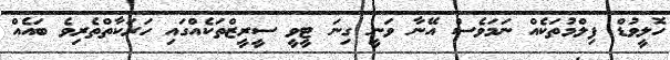
ހޮލީވުޑް ފިލްމުތަކެއް ނަމަވެސް އޭނާ ވަނީ ގިނަ ޓީވީ ސީރީޒްތަކެއްގައި ހަރަކާތްތެރިވެ ބައެއް